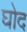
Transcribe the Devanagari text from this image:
घोद